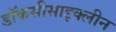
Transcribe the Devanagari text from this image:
डॉकसीसाइक्लीन